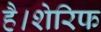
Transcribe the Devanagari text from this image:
है।शेरिफ